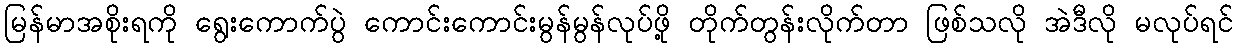
မြန်မာအစိုးရကို ရွေးကောက်ပွဲ ကောင်းကောင်းမွန်မွန်လုပ်ဖို့ တိုက်တွန်းလိုက်တာ ဖြစ်သလို အဲဒီလို မလုပ်ရင်